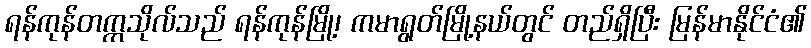
ရန်ကုန်တက္ကသိုလ်သည် ရန်ကုန်မြို့၊ ကမာရွတ်မြို့နယ်တွင် တည်ရှိပြီး မြန်မာနိုင်ငံ၏